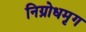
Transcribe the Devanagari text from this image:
निग्रोधमृग